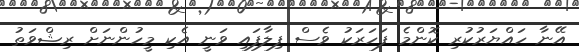
އޭނާ ހައްޔަރުކުރި ކޮންމެ ފަހަރަކު ވެސް ފިލާފައި ވަނީ އެކި މީހުންނަށް ރިޝްވަތު